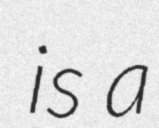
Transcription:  is a